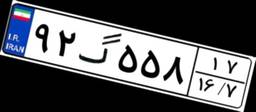
۹۲گ۵۵۸۱۷